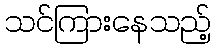
သင်ကြားနေသည့်